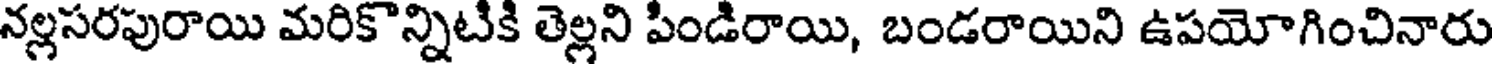
నల్లసరపురాయి మరికొన్నిటికి తెల్లని పిండిరాయి, బండరాయిని ఉపయోగించినారు